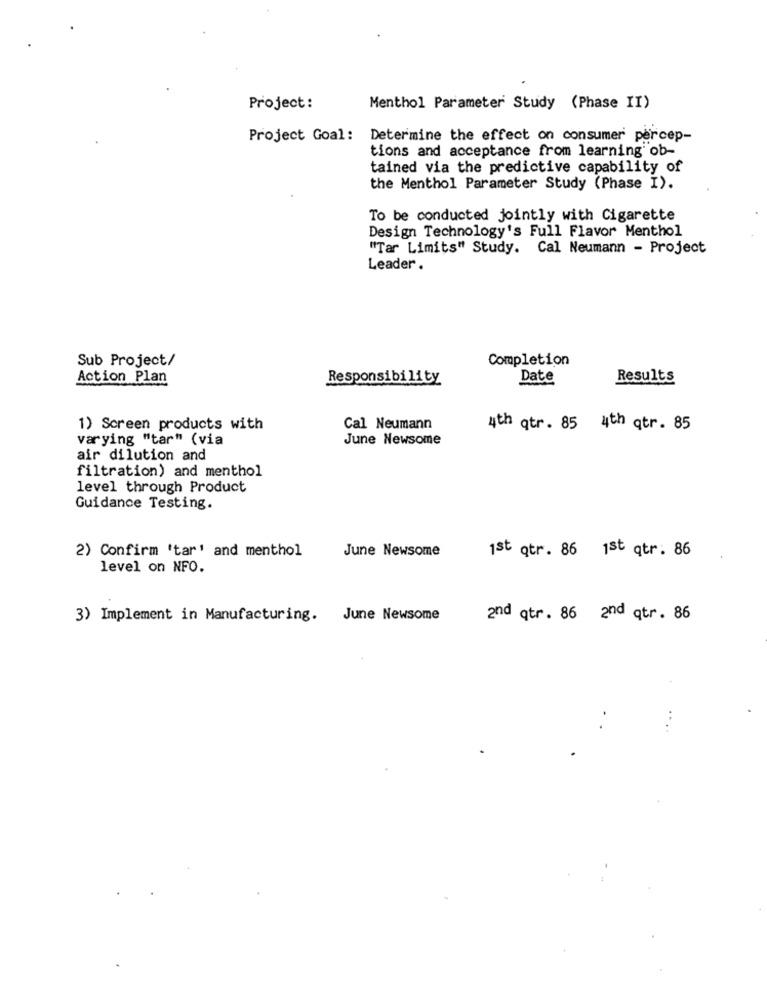
Project:
Menthol Parameter Study (Phase II)
Project Goal:
Determine the effect on consumer percep-
tions and acceptance from learning ob-
tained via the predictive capability of
the Menthol Parameter Study (Phase I).
To be conducted jointly with Cigarette
Design Technology's Full Flavor Menthol
"Tar Limits" Study. Cal Neumann - Project
Leader .
Sub Project/
Completion
Action Plan
Responsibility
Date
Results
1) Screen products with
Cal Neumann
4th qtr. 85 4th qtr. 85
varying "tar" (via
June Newsome
air dilution and
filtration) and menthol
level through Product
Guidance Testing.
June Newsome
1st qtr. 86 1st qtr. 86
2) Confirm 'tar' and menthol
level on NFO.
3) Implement in Manufacturing. June Newsome
and qtr. 86 and qtr. 86